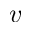
v